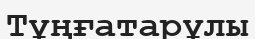
Тұңғатарұлы